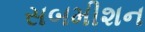
સબમીશન